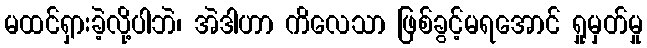
မထင်ရှားခဲ့လို့ပါဘဲ၊ အဲဒါဟာ ကိလေသာ ဖြစ်ခွင့်မရအောင် ရှုမှတ်မှု